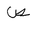
Letter: _sad